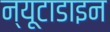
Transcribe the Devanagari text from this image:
न्यूटाडाइन